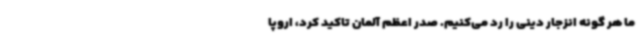
ما هر گونه انزجار دینی را رد می‌کنیم. صدر اعظم آلمان تاکید کرد، اروپا